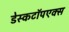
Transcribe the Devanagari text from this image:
डेस्कटॉपएक्स